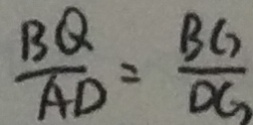
\frac { B Q } { A D } = \frac { B G } { D G }